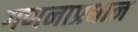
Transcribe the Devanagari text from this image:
गणनाप्रधान